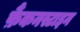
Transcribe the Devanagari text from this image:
फ़ैंकनस्टाइन